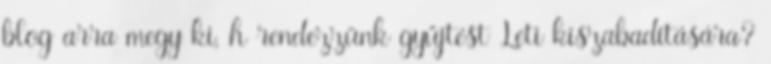
blog arra megy ki, h rendezzünk gyűjtést Leti kiszabadítására?